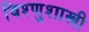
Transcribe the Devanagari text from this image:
विश्णुशास्त्री